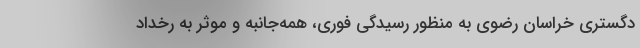
دگستری خراسان ‌رضوی به منظور رسیدگی فوری، همه‌جانبه و موثر به رخداد